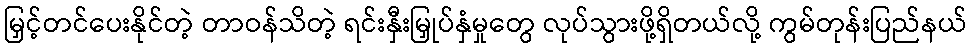
မြှင့်တင်ပေးနိုင်တဲ့ တာဝန်သိတဲ့ ရင်းနှီးမြှုပ်နှံမှုတွေ လုပ်သွားဖို့ရှိတယ်လို့ ကွမ်တုန်းပြည်နယ်